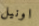
اونيل